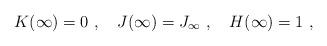
LaTeX: \begin{align*}K(\infty)=0 \ , \ \ \ J(\infty)= J_\infty \ , \ \ \ H(\infty) = 1\ ,\end{align*}